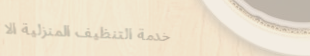
خدمة التنظيف المنزلية الا